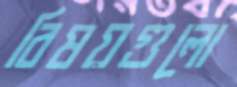
বিষয়গুলো